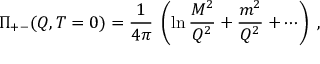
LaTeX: \Pi _ { + - } ( Q , T = 0 ) = \frac { 1 } { 4 \pi } \; \left( \ln \frac { M ^ { 2 } } { Q ^ { 2 } } + \frac { m ^ { 2 } } { Q ^ { 2 } } + \cdots \right) \; ,